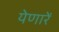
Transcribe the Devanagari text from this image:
येणारें